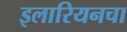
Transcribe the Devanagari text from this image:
इलारियनचा